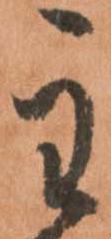
主